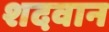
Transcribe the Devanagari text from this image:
शदवान